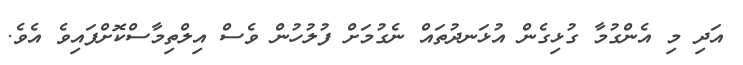
އަދި މި އެންގުމާ ގުޅިގެން އުޅަނދުތައް ނެގުމަށް ފުލުހުން ވެސް އިލްތިމާސްކޮށްފައިވެ އެވެ.